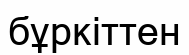
бұркіттен